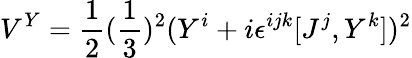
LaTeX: V^{Y}={\frac{1}{2}}({\frac{1}{3}})^{2}(Y^{i}+i\epsilon^{ijk}[J^{j},Y^{k}])^{2}